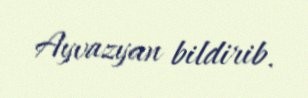
Ayvazyan bildirib.